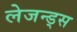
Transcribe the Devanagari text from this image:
लेजन्ड्स